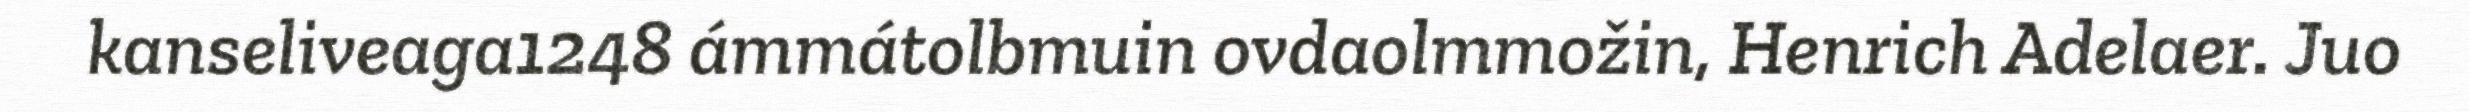
kanseliveaga1248 ámmátolbmuin ovdaolmmožin, Henrich Adelaer. Juo